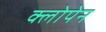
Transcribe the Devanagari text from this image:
क्लोपेन